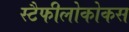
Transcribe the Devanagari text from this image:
स्टैफीलोकोकस